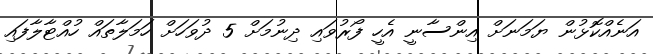
އަނެއްކޮޅުން ޔަމަނަށް އިންސާނީ އެހީ ފޯރުވައި ދިނުމަށް 5 ދުވަހަށް ހަމަލާތައް ހުއްޓާލާފައި